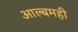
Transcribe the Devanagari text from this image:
आल्बमही